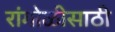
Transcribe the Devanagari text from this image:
रांगोळीसाठी